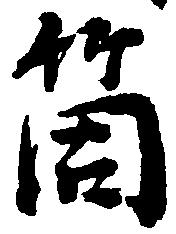
箇